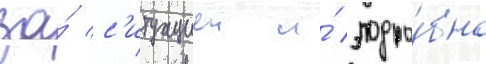
за́ с'итуациеи и́ подро́бно